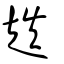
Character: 趃